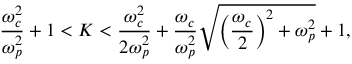
\frac { \omega _ { c } ^ { 2 } } { \omega _ { p } ^ { 2 } } + 1 < K < \frac { \omega _ { c } ^ { 2 } } { 2 \omega _ { p } ^ { 2 } } + \frac { \omega _ { c } } { \omega _ { p } ^ { 2 } } \sqrt { \left( \frac { \omega _ { c } } { 2 } \right) ^ { 2 } + \omega _ { p } ^ { 2 } } + 1 ,